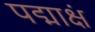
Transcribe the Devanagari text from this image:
पद्माक्षं